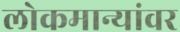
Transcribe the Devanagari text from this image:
लोकमान्यांवर